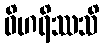
ဝိဟရိဿသိ